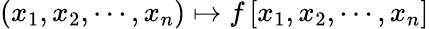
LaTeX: \left(x_{1},x_{2},\cdots,x_{n}\right)\mapsto f\left[x_{1},x_{2},\cdots,x_{n}\right]